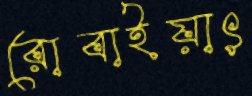
রোবাইয়াৎ